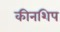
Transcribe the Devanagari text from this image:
कीनशिप